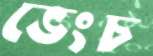
ভেংচ